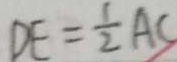
D E = \frac { 1 } { 2 } A C